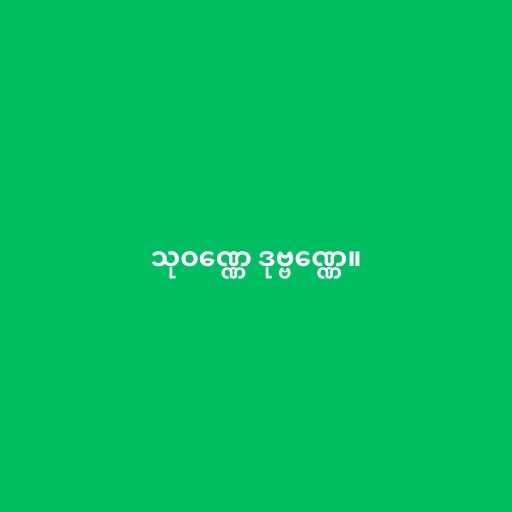
သုဝဏ္ဏေ ဒုဗ္ဗဏ္ဏေ။